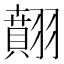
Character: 翸